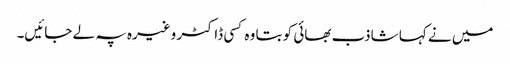
میں نے کہا شاذب بھائی کو بتا وہ کسی ڈاکٹر وغیرہ پہ لے جائیں۔